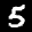
Label: 5